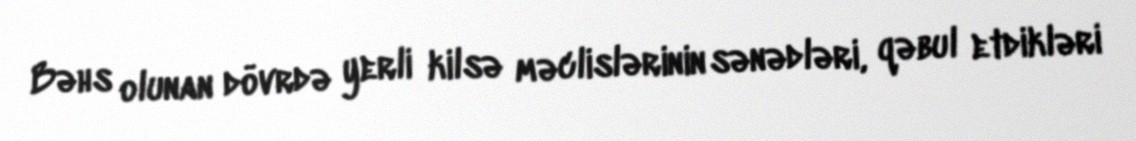
Bəhs olunan dövrdə yerli kilsə məclislərinin sənədləri, qəbul etdikləri